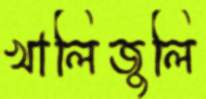
খালিজুলি